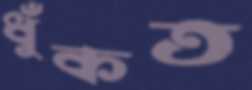
ধুঁকত